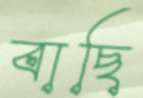
বাছি